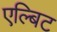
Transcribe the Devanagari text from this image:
एल्बिट